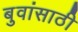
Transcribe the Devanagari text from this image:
बुवांसाठी